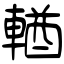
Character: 輶